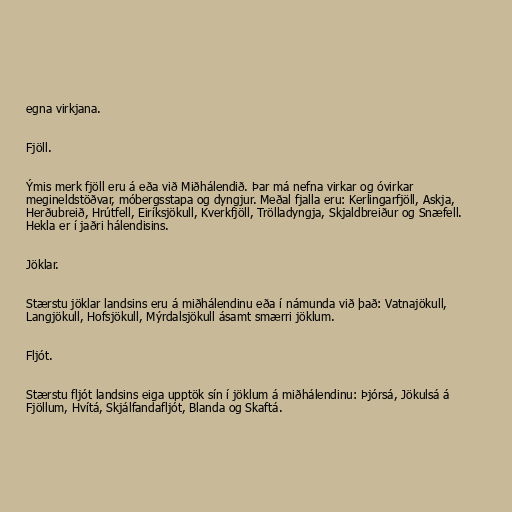
egna virkjana.

Fjöll.

Ýmis merk fjöll eru á eða við Miðhálendið. Þar má nefna virkar og óvirkar
megineldstöðvar, móbergsstapa og dyngjur. Meðal fjalla eru: Kerlingarfjöll, Askja,
Herðubreið, Hrútfell, Eiríksjökull, Kverkfjöll, Trölladyngja, Skjaldbreiður og Snæfell.
Hekla er í jaðri hálendisins.

Jöklar.

Stærstu jöklar landsins eru á miðhálendinu eða í námunda við það: Vatnajökull,
Langjökull, Hofsjökull, Mýrdalsjökull ásamt smærri jöklum.

Fljót.

Stærstu fljót landsins eiga upptök sín í jöklum á miðhálendinu: Þjórsá, Jökulsá á
Fjöllum, Hvítá, Skjálfandafljót, Blanda og Skaftá.